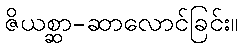
ဇိယစ္ဆာ-ဆာလောင်ခြင်း။